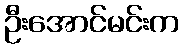
ဦးအောင်မင်းက